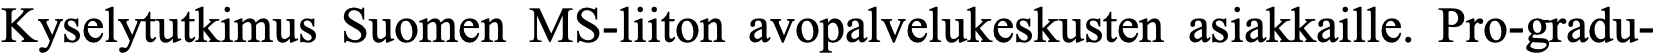
Kyselytutkimus Suomen MS-liiton avopalvelukeskusten asiakkaille. Pro-gradu-